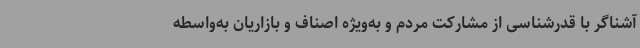
آشناگر با قدرشناسی از مشارکت مردم و به‌ویژه اصناف و بازاریان به‌واسطه